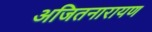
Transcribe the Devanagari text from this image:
अजितनारायण